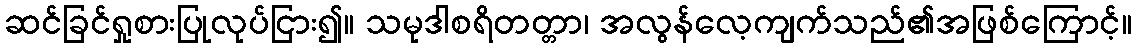
ဆင်ခြင်ရှုစားပြုလုပ်ငြား၍။ သမုဒါစရိတတ္တာ၊ အလွန်လေ့ကျက်သည်၏အဖြစ်ကြောင့်။